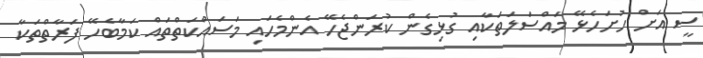
ސީ އަށް ހުށަހެޅޭ މައްސަލަތަކާއި ގުޅިގެން ކުރަންޖެހޭ އެންމެހައި މަސައްކަތްތައް ކަމާބެހޭ ފަރާތްތަކާ